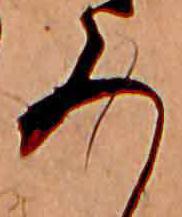
ろ